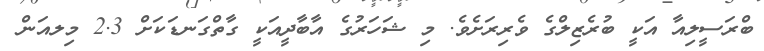
ބްރަސީލިއާ އަކީ ބުރެޒިލްގެ ވެރިރަށެވެ. މި ޝަހަރުގެ އާބާދީއަކީ ގާތްގަނޑަކަށް 2.3 މިލއަން